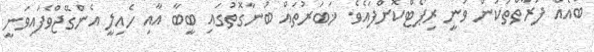
ބައެއް ފަރާތްތަކުން ވަނީ ރިޕޯޓްކޮށްފައެވެ. ޚަބަރުތައް ބުނާގޮތުގައި ބީބާ އާއި ހެއިލީ އެންގޭޖްވެފައިވަނީ